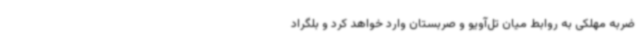
ضربه مهلکی به روابط میان تل‌آویو و صربستان وارد خواهد کرد و بلگراد